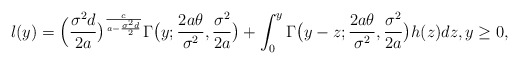
\begin{align*}l(y)=\Big(\frac{\sigma^2d}{2a}\big)^{\frac{c}{a-\frac{\sigma^2d}{2}}}\Gamma \big(y;\frac{2a\theta}{\sigma^2}, \frac{\sigma^2}{2a}\big)+\int_{0}^{y}\Gamma \big(y-z; \frac{2a\theta}{\sigma^2}, \frac{\sigma^2}{2a}\big)h(z)dz, y \ge 0,\end{align*}